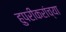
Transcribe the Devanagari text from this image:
हुपरीकरांच्या